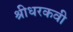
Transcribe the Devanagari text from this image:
श्रीधरकवी